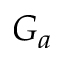
G _ { a }